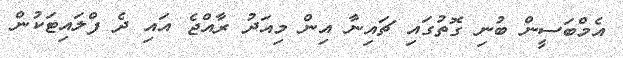
އެމްބަސީން ބުނި ގޮތުގައި ޗައިނާ އިން މިއަދު ރާއްޖެ އައި ދެ ފްލައިޓަކުން